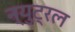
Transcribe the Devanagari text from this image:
न्युट्रल